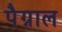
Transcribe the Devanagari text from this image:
पैग्नाल